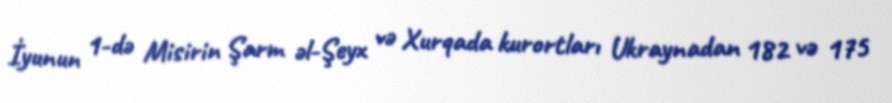
İyunun 1-də Misirin Şarm əl-Şeyx və Xurqada kurortları Ukraynadan 182 və 175